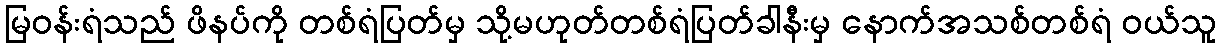
မြဝန်းရံသည် ဖိနပ်ကို တစ်ရံပြတ်မှ သို့မဟုတ်တစ်ရံပြတ်ခါနီးမှ နောက်အသစ်တစ်ရံ ဝယ်သူ